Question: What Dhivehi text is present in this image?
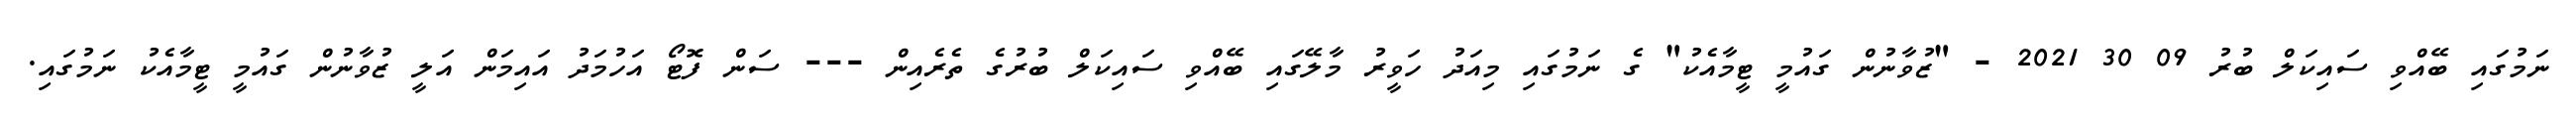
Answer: ނަމުގައި ބޭއްވި ސައިކަލް ބުރު 09 30 2021 - "ޒުވާނުން ގައުމީ ޓީމާއެކު" ގެ ނަމުގައި މިއަދު ހަވީރު މާލޭގައި ބޭއްވި ސައިކަލް ބުރުގެ ތެރެއިން --- ސަން ފޮޓޯ އަހުމަދު އައިމަން އަލީ ޒުވާނުން ގައުމީ ޓީމާއެކު ނަމުގައި.